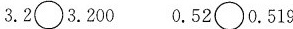
3. 2 \circ 3. 200 0. 52 \circ 0. 519